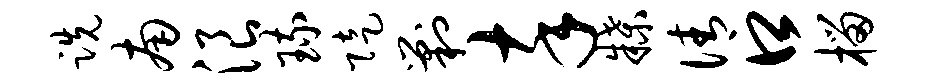
跣南浪琉陡剿卒牒倩口榴